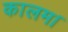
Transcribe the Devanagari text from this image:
कालम।